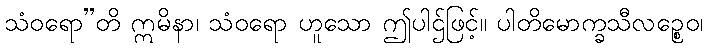
သံဝရော”တိ ဣမိနာ၊ သံဝရော ဟူသော ဤပါဌ်ဖြင့်။ ပါတိမောက္ခသီလဉ္စေဝ၊